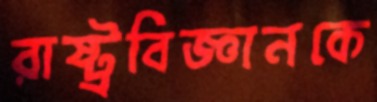
রাষ্ট্রবিজ্ঞানকে